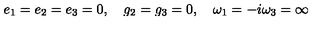
e _ { 1 } = e _ { 2 } = e _ { 3 } = 0 , \quad g _ { 2 } = g _ { 3 } = 0 , \quad \omega _ { 1 } = - i \omega _ { 3 } = \infty